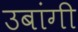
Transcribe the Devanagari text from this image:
उबांगी